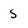
Character: s